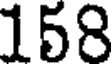
158